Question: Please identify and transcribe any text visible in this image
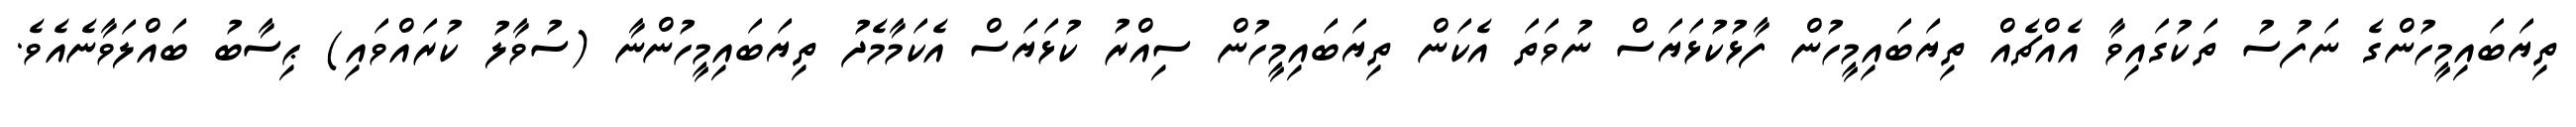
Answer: ތިޔަބައިމީހުންގެ ނަފުސު ތަކުގައިވާ އެއްޗެއް ތިޔަބައިމީހުން ފާޅުކުޅަޔަސް ނުވަތަ އެކަން ތިޔަބައިމީހުން ސިއްރު ކުޅަޔަސް އެކަމާމެދު ތިޔަބައިމީހުންނާ (ސުވާލު ކުރައްވައި) ޙިސާބު ބައްލަވާނެއެވެ.